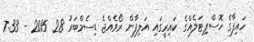
ހައިފާގެ ހޮސްޕިޓަލެއްގެ ކައިރީގައި އަލިފާން ރޯވެއްޖެ ޑިސެމްބަރު 28